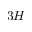
3 H